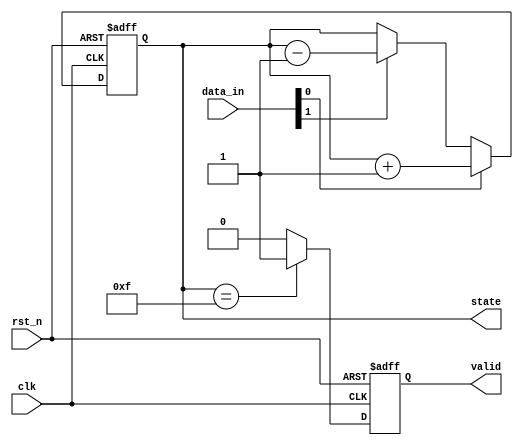
module sequential_logic (
    input wire clk,          // Clock signal
    input wire rst_n,       // Active-low reset signal
    input wire [3:0] data_in, // 4-bit input data
    output reg [3:0] state, // 4-bit state register
    output reg valid        // Output signal indicating valid state
);

// State update and output generation on positive edge of the clock
always @(posedge clk or negedge rst_n) begin
    if (!rst_n) begin
        // Synchronous reset
        state <= 4'b0000;  // Initialize state to 0
        valid <= 1'b0;      // Set valid to low
    end else begin
        // State updates and conditional logic
        if (data_in[0]) begin
            state <= state + 1; // Increment state if data_in[0] is high
        end else if (data_in[1]) begin
            state <= state - 1; // Decrement state if data_in[1] is high
        end
        
        // Output generation based on the updated state
        if (state == 4'b1111) begin
            valid <= 1'b1; // Set valid high if state reaches 15
        end else begin
            valid <= 1'b0; // Set valid low otherwise
        end
    end
end

endmodule